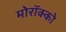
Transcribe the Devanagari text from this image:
मोरॉक्को